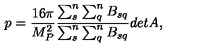
p = \frac { 1 6 \pi } { M _ { P } ^ { 2 } } \frac { \sum _ { s } ^ { n } \sum _ { q } ^ { n } B _ { s q } } { \sum _ { s } ^ { n } \sum _ { q } ^ { n } B _ { s q } } { d e t A } ,